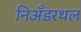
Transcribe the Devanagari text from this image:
निअँडरथल